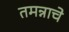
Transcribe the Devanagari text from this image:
तमन्नाचे